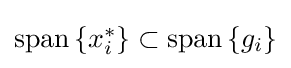
{\textstyle \operatorname {span} \left\{x_{i}^{*}\right\}\subset \operatorname {span} \left\{g_{i}\right\}}